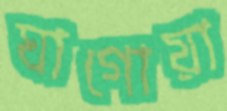
ঘাগোয়া